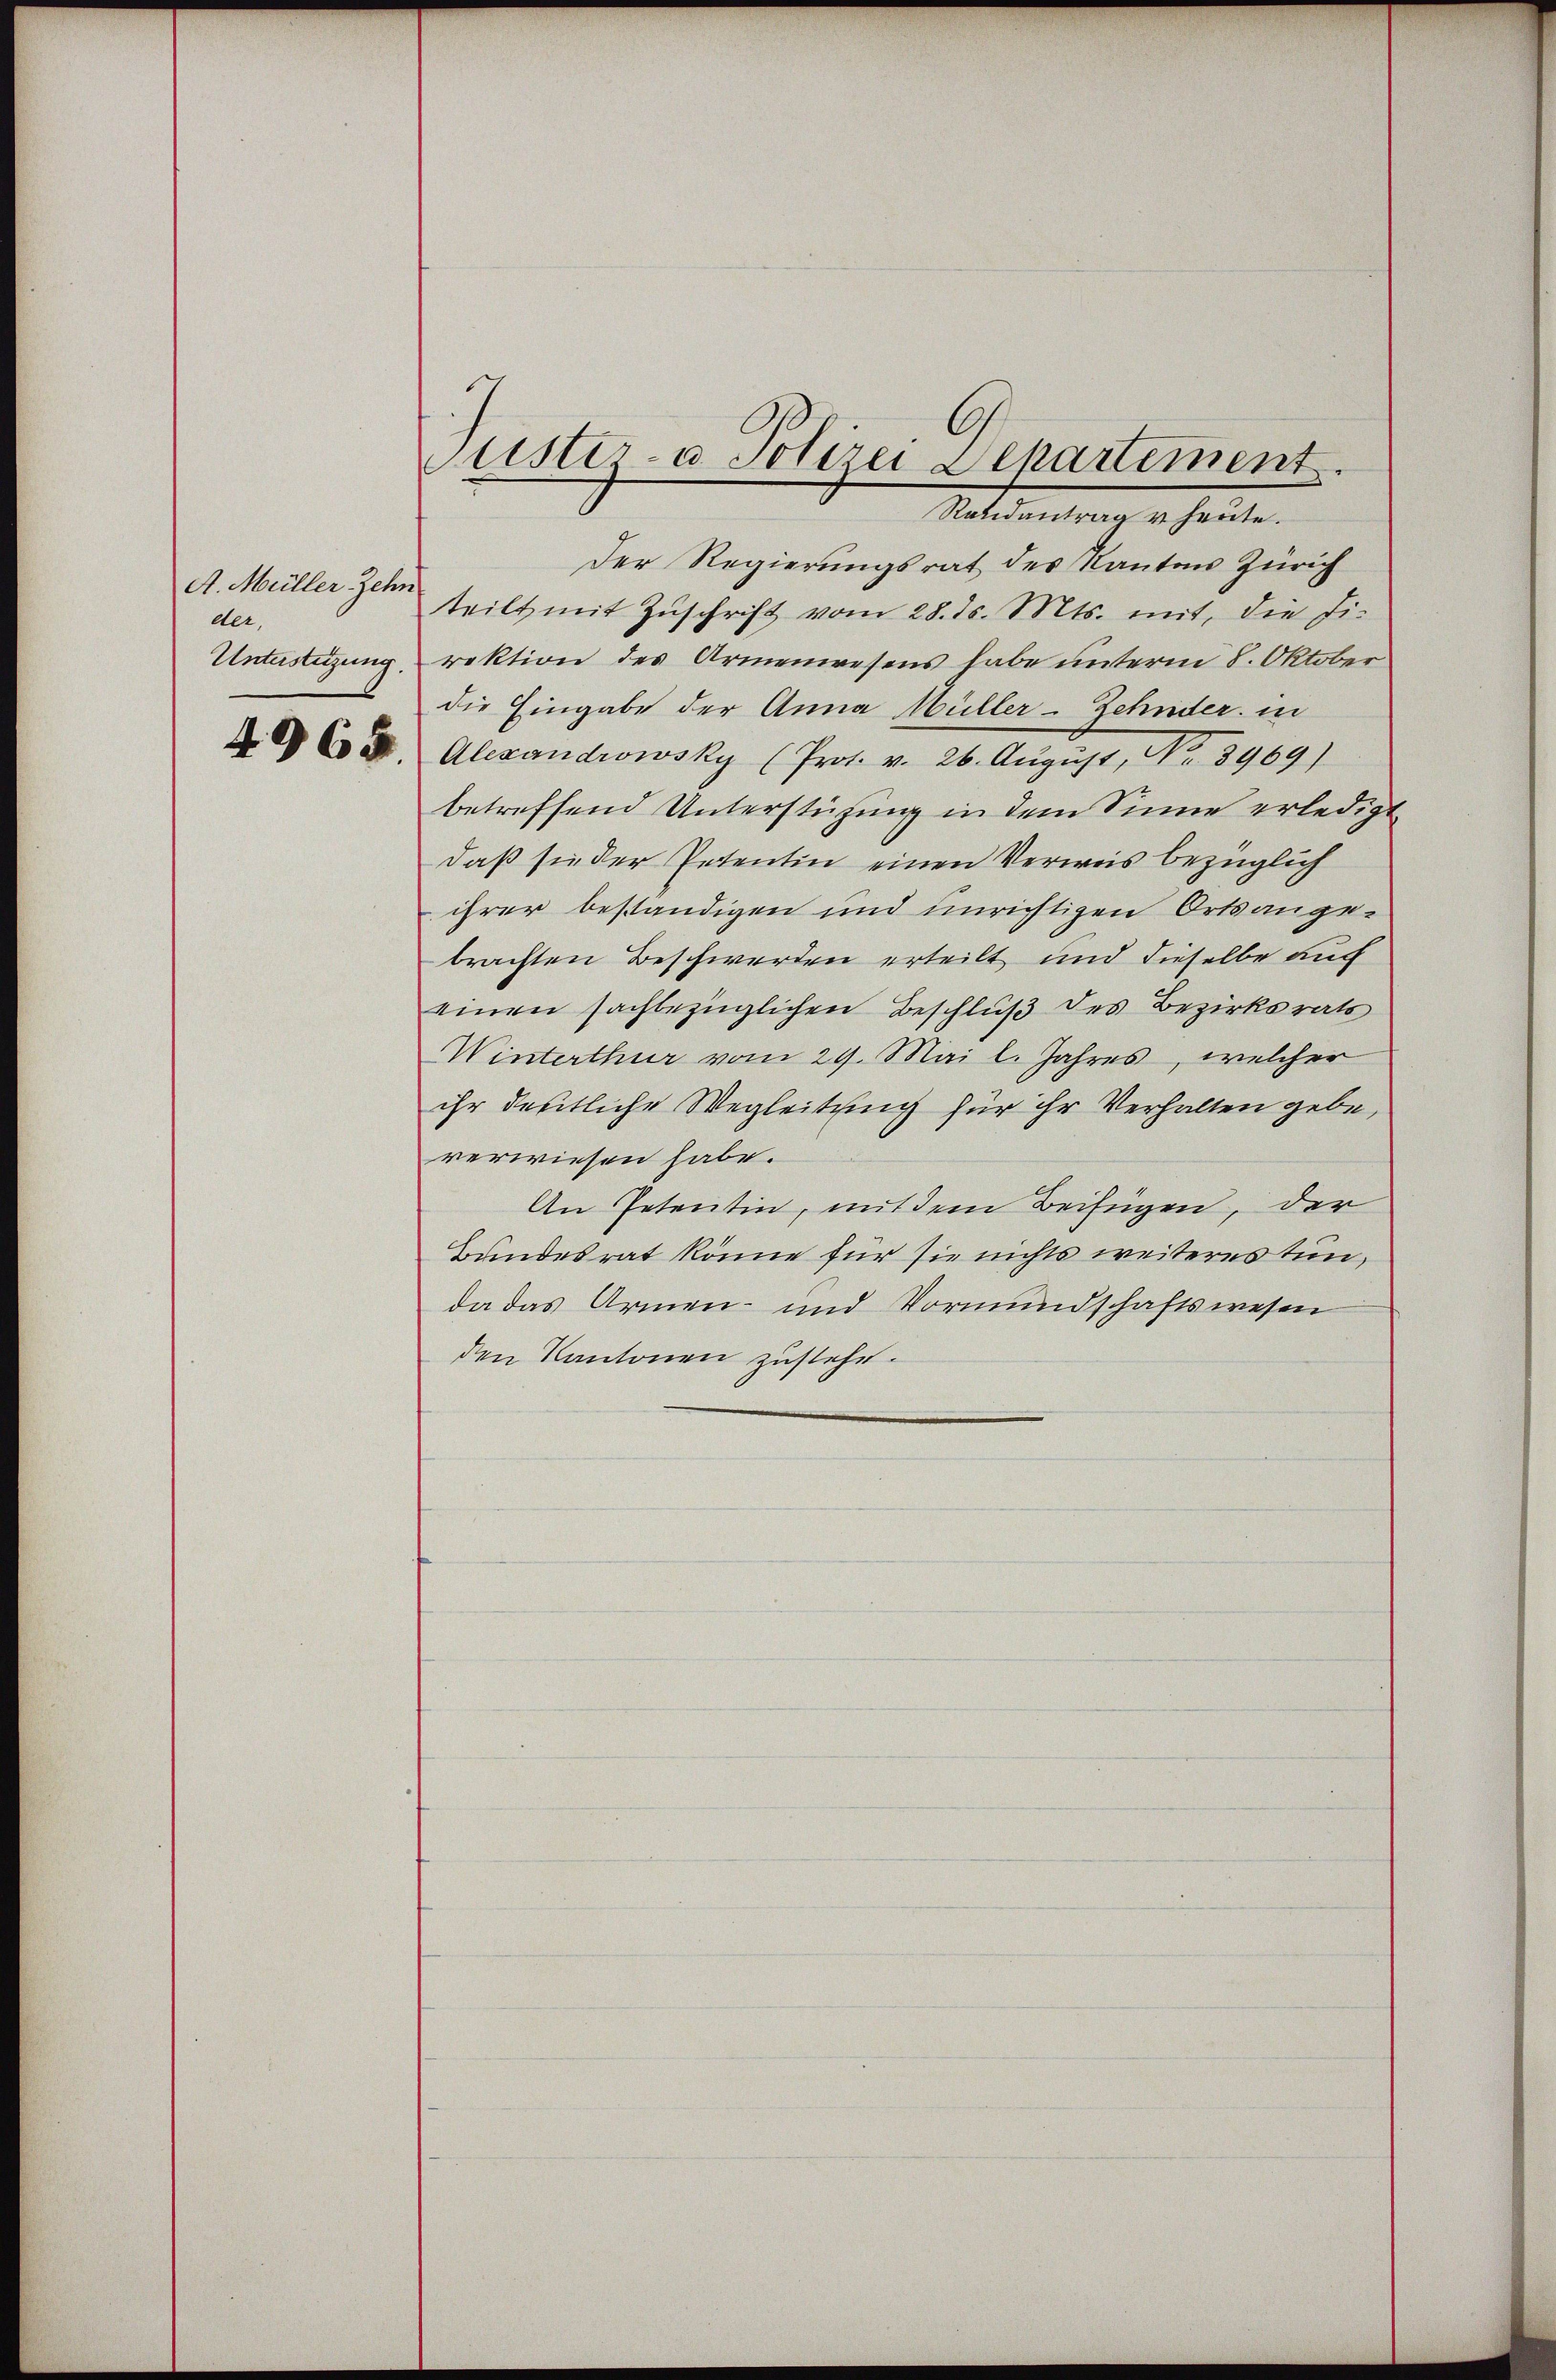
A. Müller Zehn
der,

G
Puster- u. Polizei Departement
Randantrag u. heute.

Der Regierungsrat des Kantons Zürich
teilt mit Zuschrift vom 28. ds. Mts. mit, die Fi-
Unterstützung, rektion des Armenwesens habe unterm 8. Oktober
die Eingabe der Anna Müller-Zehnder in
C I. Alexandrowsky (Prot. v. 26. August, Nr. 8969)
betreffend Unterstützung in dem Sinne erledigt
daß sie der Petentin einen Verweis bezüglich
ihrer beständigen und unrichtigen Ortsangebrachten Beschwerden erteilt und dieselbe auch
einen sachbezüglichen Beschluß des Bezirksrats
Winterthur vom 29. Mai l. Jahres, welcher
ihr deutliche Wegleitung für ihr Verhalten gebe,
verwiesen habe.
An Petentin, mit dem Beifügen, der
Bundesrat könne für sie nichts weiteres tun,
da das Armen- und Vormundschaftswesen
den Kantonen zustehe.